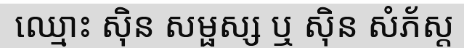
ឈ្មោះ ស៊ិន សម្ផស្ស ឬ ស៊ិន សំភ័ស្ត